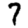
Digit: 7